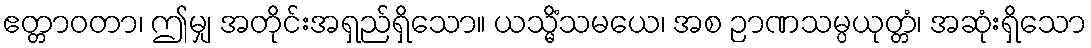
ဧတ္တာဝတာ၊ ဤမျှ အတိုင်းအရှည်ရှိသော။ ယသ္မိံသမယေ၊ အစ ဉာဏသမ္ပယုတ္တံ၊ အဆုံးရှိသော